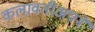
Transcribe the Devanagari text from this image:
कलावतीअपने